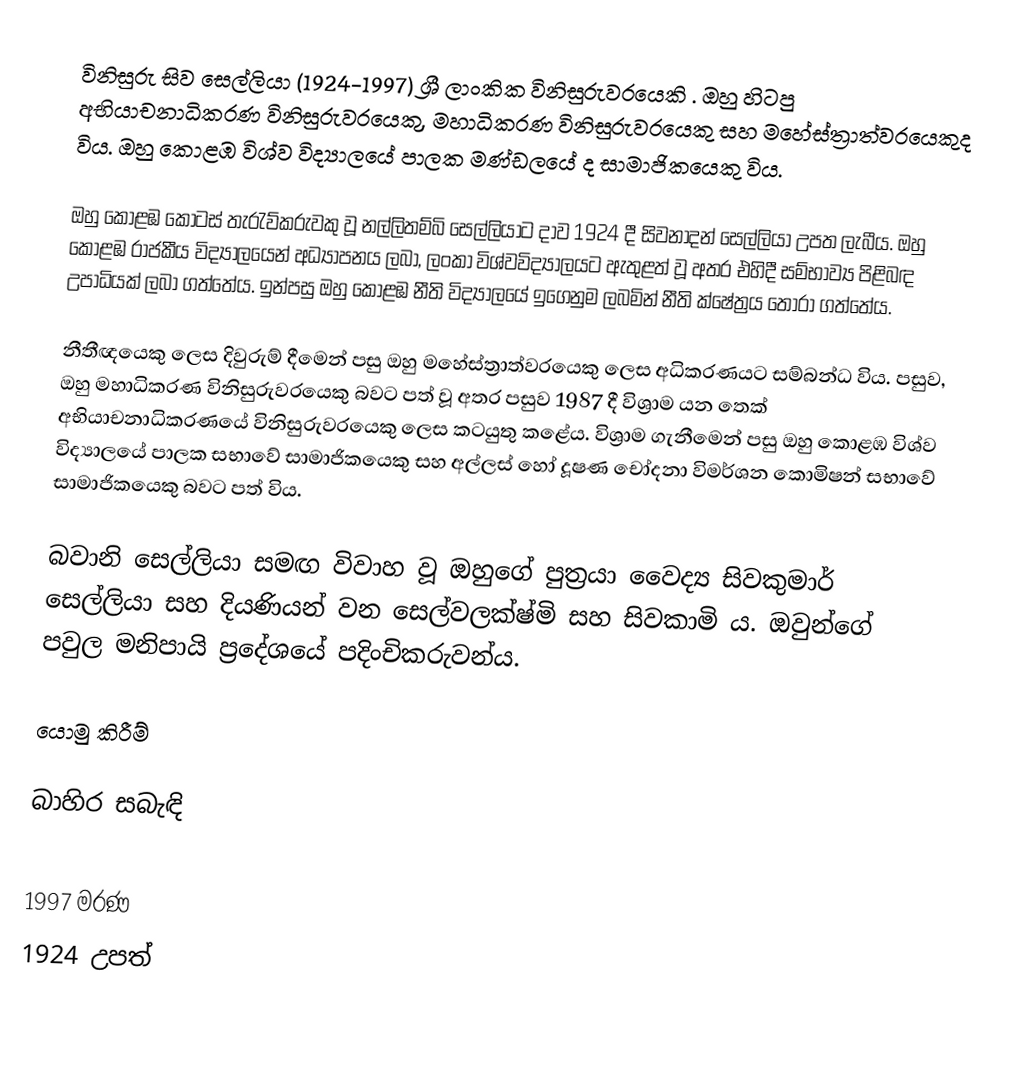
විනිසුරු සිව සෙල්ලියා (1924-1997) ශ්‍රී ලාංකික විනිසුරුවරයෙකි . ඔහු හිටපු අභියාචනාධිකරණ විනිසුරුවරයෙකු, මහාධිකරණ විනිසුරුවරයෙකු සහ මහේස්ත්‍රාත්වරයෙකුද විය.  ඔහු කොළඹ විශ්ව විද්‍යාලයේ පාලක මණ්ඩලයේ ද සාමාජිකයෙකු විය.

ඔහු කොළඹ කොටස් තැරැව්කරුවකු වූ නල්ලිතම්බි සෙල්ලියාට දාව 1924 දී සිවනාදන් සෙල්ලියා උපත ලැබීය. ඔහු කොළඹ රාජකීය විද්‍යාලයෙන් අධ්‍යාපනය ලබා, ලංකා විශ්වවිද්‍යාලයට ඇතුළත් වූ අතර එහිදී සම්භාව්‍ය පිළිබඳ උපාධියක් ලබා ගත්තේය. ඉන්පසු ඔහු කොළඹ නීති විද්‍යාලයේ ඉගෙනුම ලබමින් නීති ක්ෂේත්‍රය තෝරා ගත්තේය.

නීතීඥයෙකු ලෙස දිවුරුම් දීමෙන් පසු ඔහු මහේස්ත්‍රාත්වරයෙකු ලෙස අධිකරණයට සම්බන්ධ විය. පසුව, ඔහු මහාධිකරණ විනිසුරුවරයෙකු බවට පත් වූ අතර පසුව 1987 දී විශ්‍රාම යන තෙක් අභියාචනාධිකරණයේ විනිසුරුවරයෙකු ලෙස කටයුතු කළේය. විශ්‍රාම ගැනීමෙන් පසු ඔහු කොළඹ විශ්ව විද්‍යාලයේ පාලක සභාවේ සාමාජිකයෙකු සහ අල්ලස් හෝ දූෂණ චෝදනා විමර්ශන කොමිෂන් සභාවේ සාමාජිකයෙකු බවට පත් විය.

බවානි සෙල්ලියා සමඟ විවාහ වූ ඔහුගේ පුත්‍රයා වෛද්‍ය සිවකුමාර් සෙල්ලියා සහ දියණියන් වන සෙල්වලක්ෂ්මි සහ සිවකාමි ය. ඔවුන්ගේ පවුල මනිපායි ප්‍රදේශයේ පදිංචිකරුවන්ය.

යොමු කිරීම්

බාහිර සබැඳි

1997 මරණ
1924 උපත්